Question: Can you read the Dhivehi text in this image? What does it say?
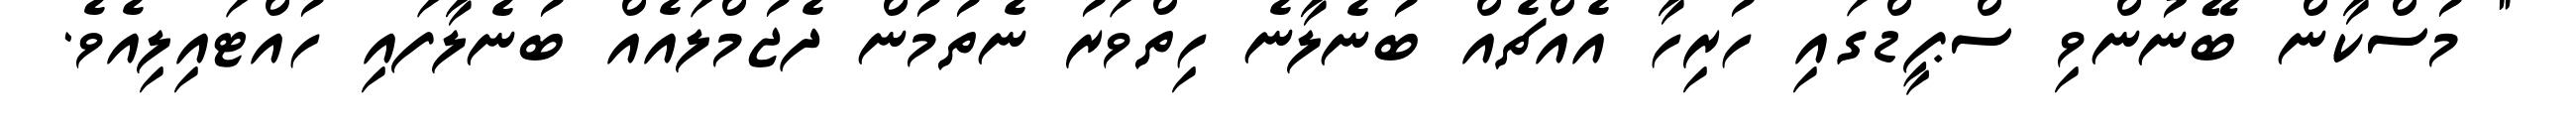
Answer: " މުސްކާން ބޭނުންވި ސްޕީޑްގައި ހުރިހާ އެއްޗެއް ބުނެލާނެ ހިތްވަރު ނެތުމުން ދެޖުމްލައެއް ބުނެލާފައި ހުއްޓައިލިއެވެ.